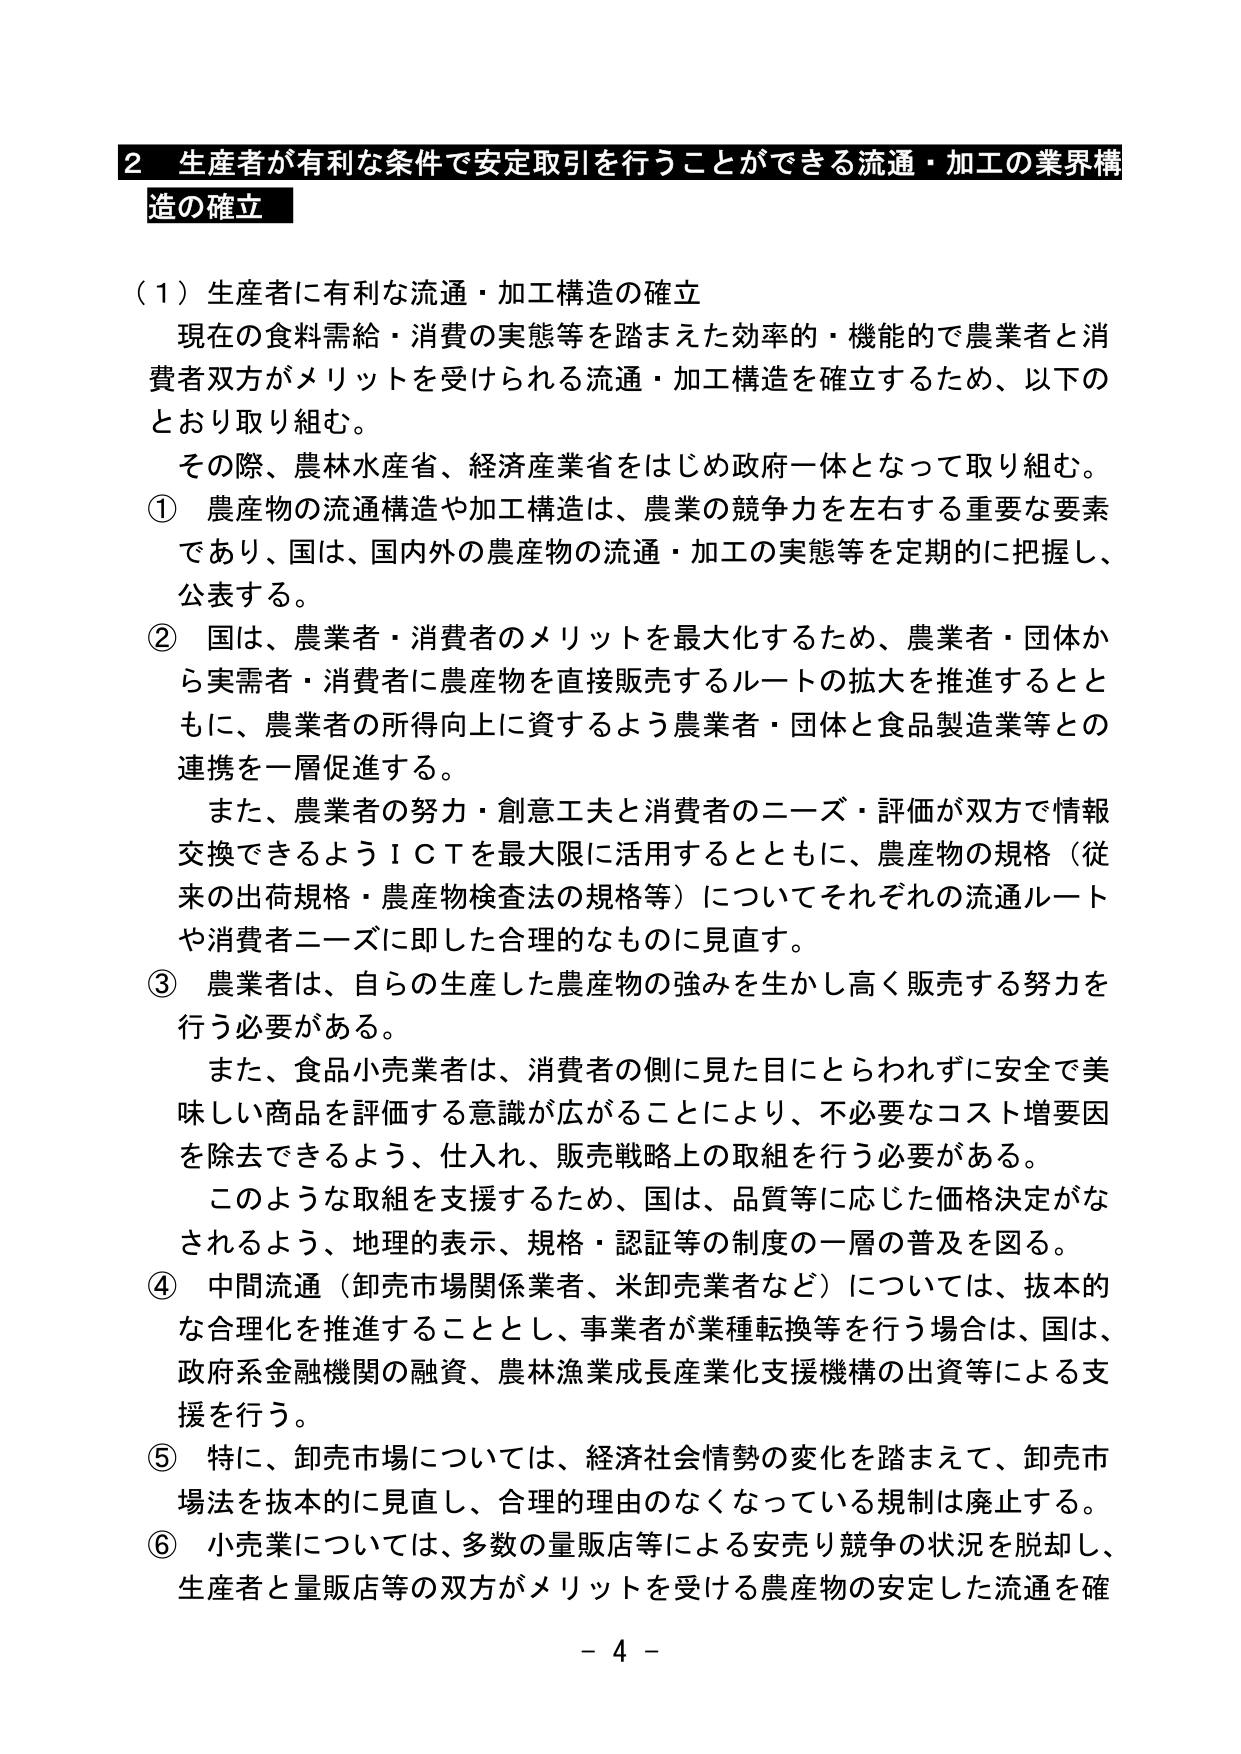
2 生産者が有利な条件で安定取引を行うことができる流通・加工の業界構造の確立

（1）生産者に有利な流通・加工構造の確立

現在の食料需給・消費の実態等を踏まえた効率的・機能的で農業者と消費者双方がメリットを受けられる流通・加工構造を確立するため、以下のとおり取り組む。

その際、農林水産省、経済産業省をはじめ政府一体となって取り組む。

① 農産物の流通構造や加工構造は、農業の競争力を左右する重要な要素であり、国は、国内外の農産物の流通・加工の実態等を定期的に把握し、公表する。

② 国は、農業者・消費者のメリットを最大化するため、農業者・団体から実需者・消費者に農産物を直接販売するルートの拡大を推進するとともに、農業者の所得向上に資するよう農業者・団体と食品製造業等との連携を一層促進する。

また、農業者の努力・創意工夫と消費者のニーズ・評価が双方で情報交換できるようＩＣＴを最大限に活用するとともに、農産物の規格（従来の出荷規格・農産物検査法の規格等）についてそれぞれの流通ルートや消費者ニーズに即した合理的なものに見直す。

③ 農業者は、自らの生産した農産物の強みを生かし高く販売する努力を行う必要がある。

また、食品小売業者は、消費者の側に見た目にとらわれずに安全で美味しい商品を評価する意識が広がることにより、不必要なコスト増要因を除去できるよう、仕入れ、販売戦略上の取組を行う必要がある。

このような取組を支援するため、国は、品質等に応じた価格決定がなされるよう、地理的表示、規格・認証等の制度の一層の普及を図る。

④ 中間流通（卸売市場関係業者、米卸売業者など）については、抜本的な合理化を推進することとし、事業者が業種転換等を行う場合は、国は、政府系金融機関の融資、農林漁業成長産業化支援機構の出資等による支援を行う。

⑤ 特に、卸売市場については、経済社会情勢の変化を踏まえて、卸売市場法を抜本的に見直し、合理的理由のなくなっている規制は廃止する。

⑥ 小売業については、多数の量販店等による安売り競争の状況を脱却し、生産者と量販店等の双方がメリットを受ける農産物の安定した流通を確

- 4 -